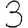
Digit: 3